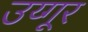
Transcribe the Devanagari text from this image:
उय्गूर